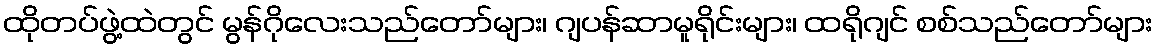
ထိုတပ်ဖွဲ့ထဲတွင် မွန်ဂိုလေးသည်တော်များ၊ ဂျပန်ဆာမူရိုင်းများ၊ ထရိုဂျင် စစ်သည်တော်များ